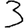
Digit: 3